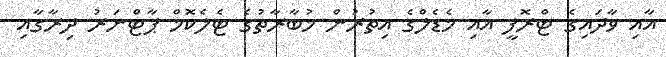
އާއި ވާދައިގެ ޓްރޮފީ އާއި މެޑެލްގެ އިތުރުން މުބާރާތުގެ ޓެލެކޮމް ޕާޓްނަރު ދިރާގާއި